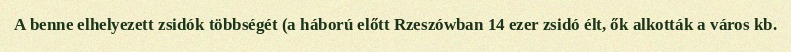
A benne elhelyezett zsidók többségét (a háború előtt Rzeszówban 14 ezer zsidó élt, ők alkották a város kb.